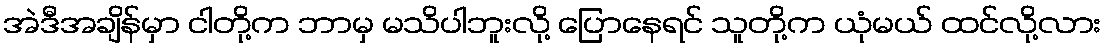
အဲဒီအချိန်မှာ ငါတို့က ဘာမှ မသိပါဘူးလို့ ပြောနေရင် သူတို့က ယုံမယ် ထင်လို့လား